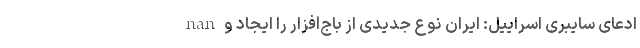
nan ادعای سایبری اسراییل: ایران نوع جدیدی از باج‌افزار را ایجاد و